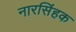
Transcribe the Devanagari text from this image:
नारसिंहक